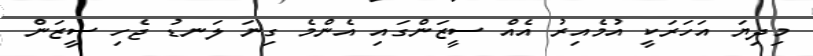
މިދިޔަ އަހަރަކީ އުމެއިރު އެއް ސީޒަންގައި އެންމެ ގިނަ ލަނޑު ޖެހި ސީޒަން